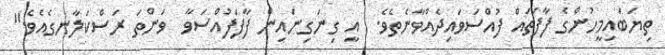
ތިޔަބައިމީހުންގެ ފާފަތައް ފުއްސަވައިދެއްވާނެތެވެ.  އީ ގިނަގިނައިން ފާފަފުއްސަވާ  ވަންތަ ރަސްކަލާނގެއެވެ."